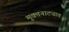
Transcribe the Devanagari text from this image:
मुक्तनाट्यात